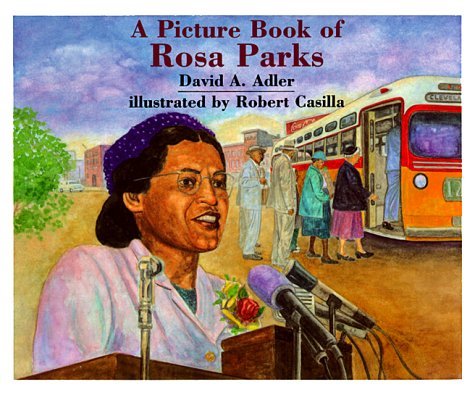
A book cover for A Picture Book of Rosa Parks (Picture Book Biographies) (Picture Book Biography); David A. Adler; Children's Books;